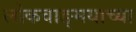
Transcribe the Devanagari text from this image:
लोकवाङ्मयाच्या